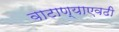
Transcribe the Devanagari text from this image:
वाटाण्याएवढी